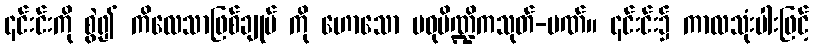
၎င်းင်းကို စွဲ၍ ကိလေသာဖြစ်ချုပ် ကို ဟောသော မဓုပိဏ္ဍိကသုတ်-ပဏ်။ ၎င်းင်း၌ ကာလသုံးပါးဖြင့်